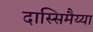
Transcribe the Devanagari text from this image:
दास्सिमैय्या